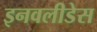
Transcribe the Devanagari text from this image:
इनवलीडेस